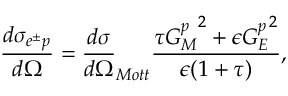
\frac { d \sigma _ { e ^ { \pm } p } } { d \Omega } = { \frac { d \sigma } { d \Omega } } _ { M o t t } \frac { \tau { G _ { M } ^ { p } } ^ { 2 } + \epsilon { G _ { E } ^ { p } } ^ { 2 } } { \epsilon ( 1 + \tau ) } ,